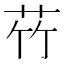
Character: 𫇸